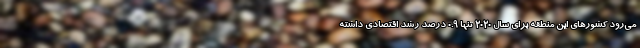
می‌رود کشورهای این منطقه برای سال 2020 تنها 0.9 درصد رشد اقتصادی داشته